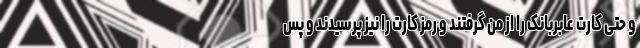
و حتی کارت عابربانک را از من گرفتند و رمز کارت را نیز پرسیدند و پس